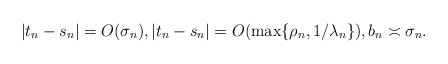
\begin{align*} |t_n-s_n|=O(\sigma_n),|t_n-s_n|=O(\max\{\rho_n,1/\lambda_n\}), b_n\asymp \sigma_n.\end{align*}